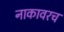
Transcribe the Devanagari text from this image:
नाकावरच